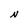
Character: N